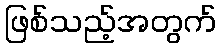
ဖြစ်သည့်အတွက်